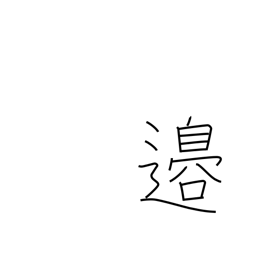
Meaning: border